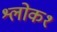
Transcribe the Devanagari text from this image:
श्लोक१